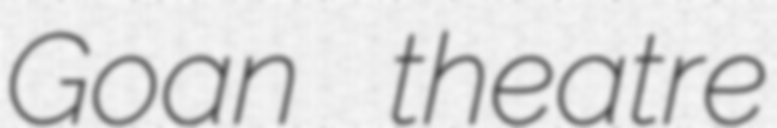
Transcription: Goan theatre